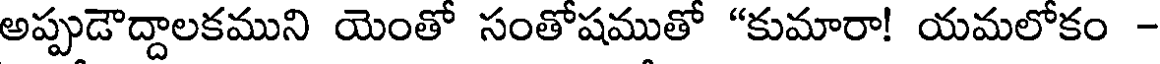
అప్పుడౌద్దాలకముని యెంతో సంతోషముతో "కుమారా! యమలోకం -